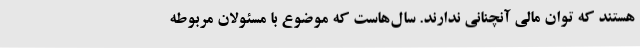
هستند که توان مالی آنچنانی ندارند. سال‌هاست که موضوع با مسئولان مربوطه